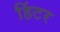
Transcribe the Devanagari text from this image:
हिंटर